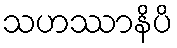
သဟဿာနိပိ